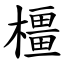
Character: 橿